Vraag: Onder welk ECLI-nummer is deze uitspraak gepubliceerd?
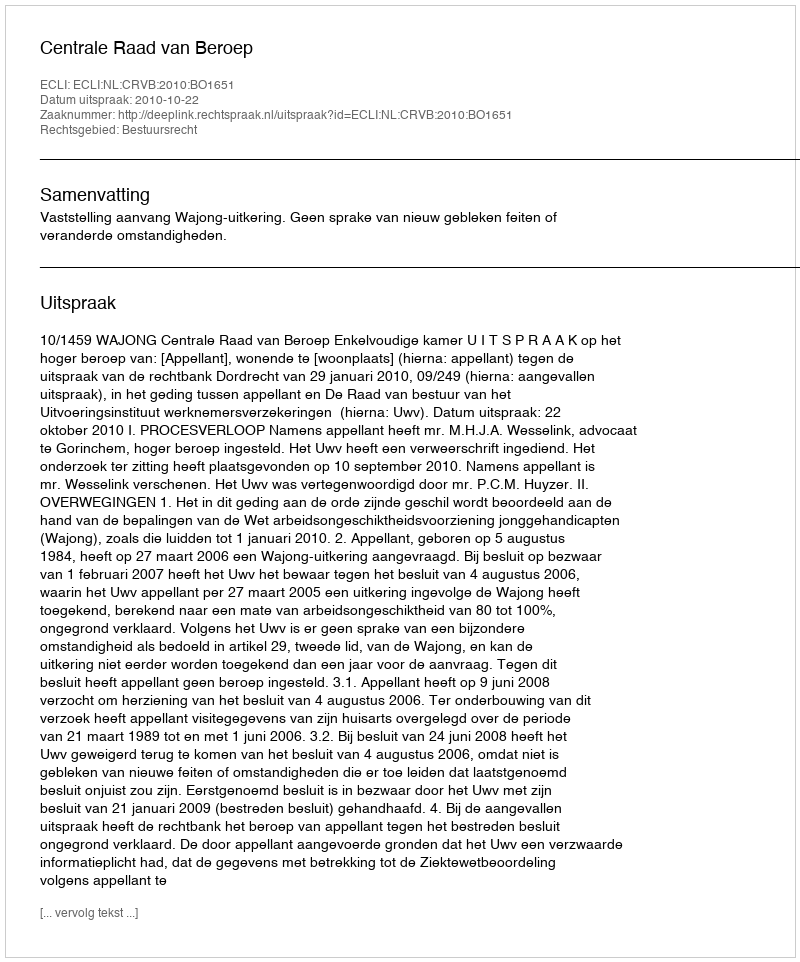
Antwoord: ECLI:NL:CRVB:2010:BO1651